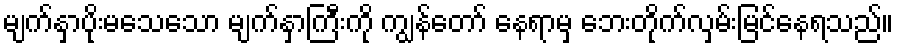
မျက်နှာပိုးမသေသော မျက်နှာကြီးကို ကျွန်တော် နေရာမှ ဘေးတိုက်လှမ်းမြင်နေရသည်။